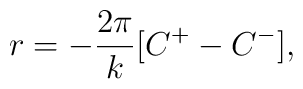
r=-\frac{2\pi }{k}[C^{+}-C^{-}],